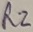
Text: R2